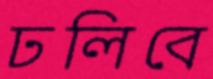
ঢলিবে